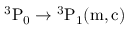
\mathrm { { } ^ { 3 } P _ { 0 } \rightarrow { } ^ { 3 } P _ { 1 } ( m , c ) }